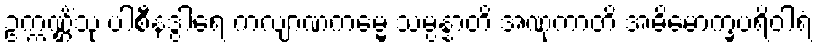
ဥက္ကဏ္ဌိံသု ပါစီနဒွါရေ ကလျာဏကမ္မေ သမ္ပန္နာတိ အဏုကာတိ အဓိမောက္ခပရိဝါရံ